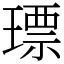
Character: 𤨧